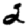
Digit: 2